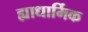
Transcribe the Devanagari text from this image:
ह्याधार्मिक